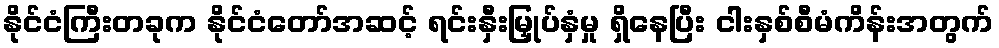
နိုင်ငံကြီးတခုက နိုင်ငံတော်အဆင့် ရင်းနှီးမြှုပ်နှံမှု ရှိနေပြီး ငါးနှစ်စီမံကိန်းအတွက်